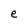
Character: e